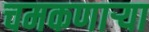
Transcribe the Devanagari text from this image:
चमकणार्‍या